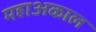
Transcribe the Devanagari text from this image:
महाअकाल